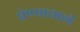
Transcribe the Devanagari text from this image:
घेण्‍यासाठी